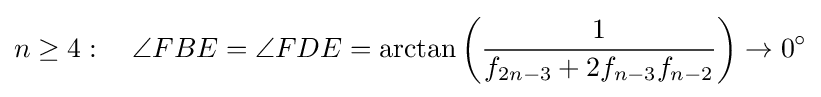
n\geq 4:\quad \angle FBE=\angle FDE=\arctan \left({\frac {1}{f_{2n-3}+2f_{n-3}f_{n-2}}}\right)\rightarrow 0^{\circ }